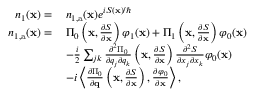
\begin{array} { r l } { n _ { 1 } ( \mathbf { x } ) = \, } & { n _ { 1 , \mathrm { a } } ( \mathbf { x } ) e ^ { i S ( \mathbf { x } ) / \hbar } } \\ { n _ { 1 , \mathrm { a } } ( \mathbf { x } ) = \, } & { \Pi _ { 0 } \left( \mathbf { x } , \frac { \partial S } { \partial \mathbf { x } } \right) \varphi _ { 1 } ( \mathbf { x } ) + \Pi _ { 1 } \left( \mathbf { x } , \frac { \partial S } { \partial \mathbf { x } } \right) \varphi _ { 0 } ( \mathbf { x } ) } \\ & { - \frac { i } { 2 } \sum _ { j k } \frac { \partial ^ { 2 } \Pi _ { 0 } } { \partial q _ { j } \partial q _ { k } } \left( \mathbf { x } , \frac { \partial S } { \partial \mathbf { x } } \right) \frac { \partial ^ { 2 } S } { \partial x _ { j } \partial x _ { k } } \varphi _ { 0 } ( \mathbf { x } ) } \\ & { - i \left\langle \frac { \partial \Pi _ { 0 } } { \partial \mathbf { q } } \left( \mathbf { x } , \frac { \partial S } { \partial \mathbf { x } } \right) , \frac { \partial \varphi _ { 0 } } { \partial \mathbf { x } } \right\rangle , } \end{array}